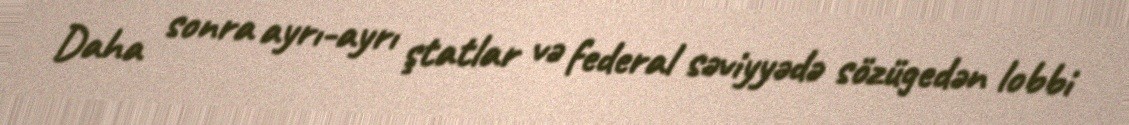
Daha sonra ayrı-ayrı ştatlar və federal səviyyədə sözügedən lobbi